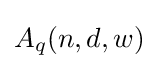
A_{q}(n,d,w)